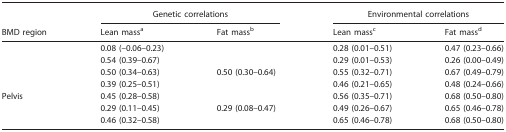
<table><thead><tr><td>[EMPTY_CELL]</td><td colspan="2"><b>Genetic correlations</b></td><td colspan="2"><b>Environmental correlations</b></td></tr><tr><td><b>BMD region</b></td><td><b>Lean massa</b></td><td><b>Fat massb</b></td><td><b>Lean massc</b></td><td><b>Fat massd</b></td></tr></thead><tbody><tr><td>[EMPTY_CELL]</td><td>0.08 (–0.06–0.23)</td><td>[EMPTY_CELL]</td><td>0.28 (0.01–0.51)</td><td>0.47 (0.23–0.66)</td></tr><tr><td>[EMPTY_CELL]</td><td>0.54 (0.39–0.67)</td><td>[EMPTY_CELL]</td><td>0.29 (0.01–0.53)</td><td>0.26 (0.00–0.49)</td></tr><tr><td>[EMPTY_CELL]</td><td>0.50 (0.34–0.63)</td><td>0.50 (0.30–0.64)</td><td>0.55 (0.32–0.71)</td><td>0.67 (0.49–0.79)</td></tr><tr><td>[EMPTY_CELL]</td><td>0.39 (0.25–0.51)</td><td>[EMPTY_CELL]</td><td>0.46 (0.21–0.65)</td><td>0.48 (0.24–0.66)</td></tr><tr><td>Pelvis</td><td>0.45 (0.28–0.58)</td><td>[EMPTY_CELL]</td><td>0.56 (0.35–0.71)</td><td>0.68 (0.50–0.80)</td></tr><tr><td>[EMPTY_CELL]</td><td>0.29 (0.11–0.45)</td><td>0.29 (0.08–0.47)</td><td>0.49 (0.26–0.67)</td><td>0.65 (0.46–0.78)</td></tr><tr><td>[EMPTY_CELL]</td><td>0.46 (0.32–0.58)</td><td>[EMPTY_CELL]</td><td>0.65 (0.46–0.78)</td><td>0.68 (0.50–0.80)</td></tr></tbody></table>